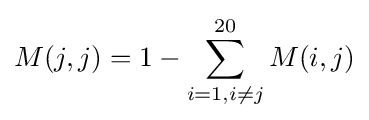
M(j,j)=1-\sum _{i=1,i\neq j}^{20}M(i,j)